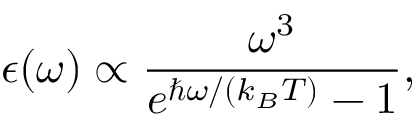
\epsilon ( \omega ) \propto \frac { \omega ^ { 3 } } { e ^ { \hbar \omega / ( k _ { B } T ) } - 1 } ,